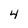
Character: 4